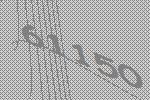
61150